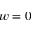
w = 0